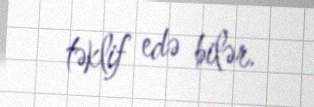
təklif edə bilər.